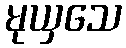
မုယှသေ